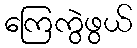
ကြေကွဲဖွယ်